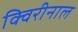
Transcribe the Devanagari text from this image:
क्विरीनाल